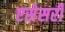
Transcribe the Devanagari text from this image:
एसेसरी